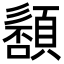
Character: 䫠